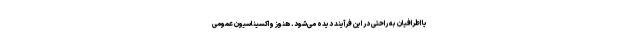
یا اطرافیان به راحتی در این فرآیند دیده می‌شود. هنوز واکسیناسیون عمومی